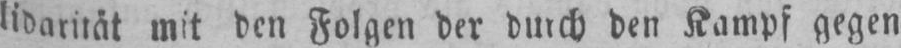
lidarität mit den Folgen der durch den Kampf gegen